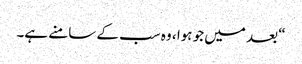
“ بعد میں جو ہوا ، وہ سب کے سامنے ہے۔